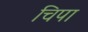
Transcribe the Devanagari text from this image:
चिपा